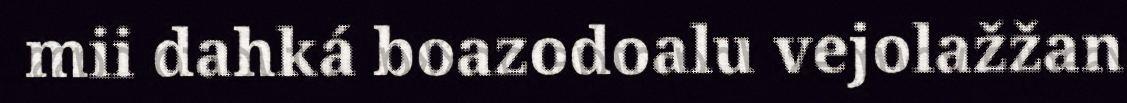
mii dahká boazodoalu vejolažžan